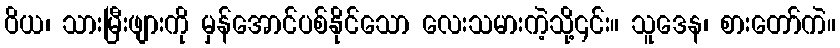
ဝိယ၊ သားမြီးဖျားကို မှန်အောင်ပစ်နိုင်သော လေးသမားကဲ့သို့၎င်း။ သူဒေန၊ စားတော်ကဲ။